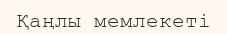
Қаңлы мемлекеті